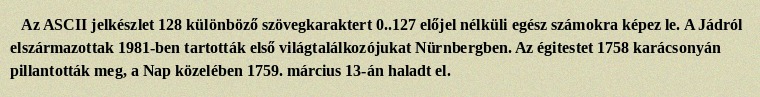
Az ASCII jelkészlet 128 különböző szövegkaraktert 0..127 előjel nélküli egész számokra képez le. A Jádról elszármazottak 1981-ben tartották első világtalálkozójukat Nürnbergben. Az égitestet 1758 karácsonyán pillantották meg, a Nap közelében 1759. március 13-án haladt el.